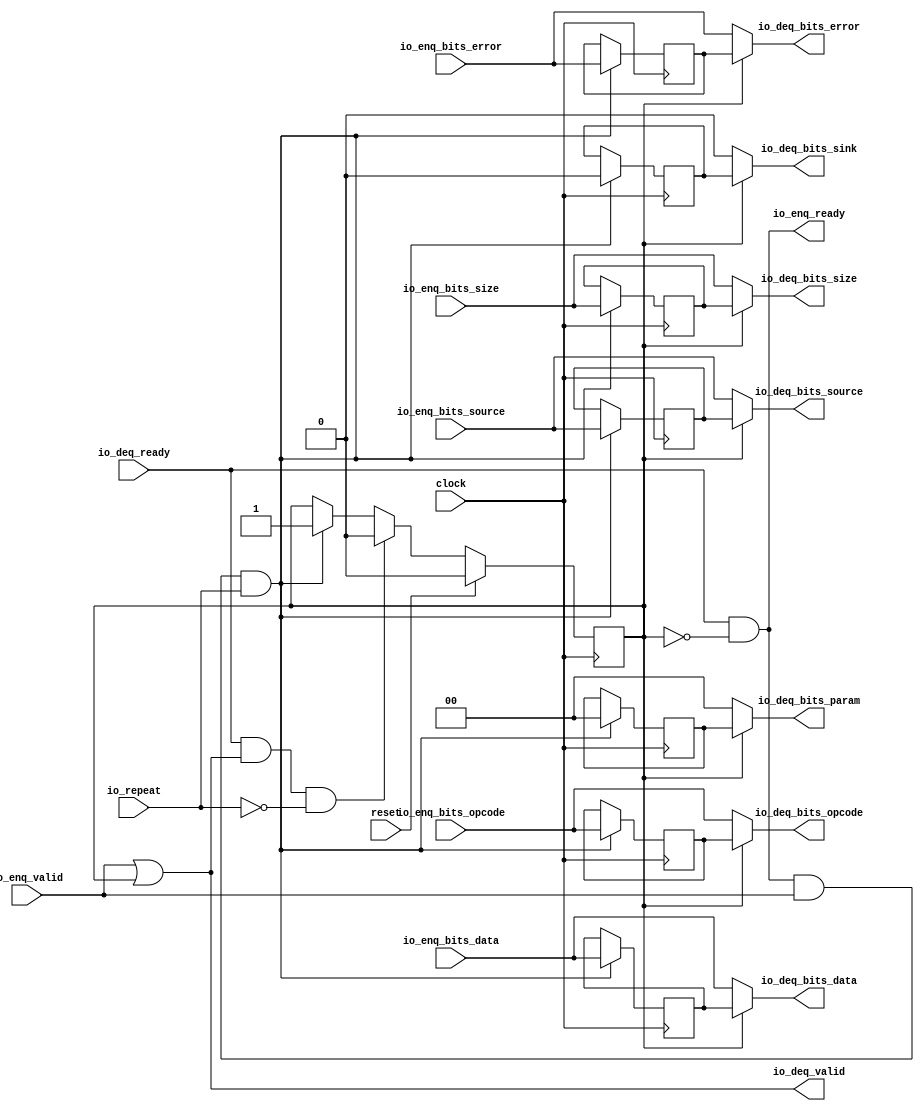
// Copyright (c) 2017, Microsemi Corporation
// All rights reserved.
//
// Redistribution and use in source and binary forms, with or without
// modification, are permitted provided that the following conditions are met:
//     * Redistributions of source code must retain the above copyright
//       notice, this list of conditions and the following disclaimer.
//     * Redistributions in binary form must reproduce the above copyright
//       notice, this list of conditions and the following disclaimer in the
//       documentation and/or other materials provided with the distribution.
//     * Neither the name of the <organization> nor the
//       names of its contributors may be used to endorse or promote products
//       derived from this software without specific prior written permission.
//
// THIS SOFTWARE IS PROVIDED BY THE COPYRIGHT HOLDERS AND CONTRIBUTORS "AS IS" AND
// ANY EXPRESS OR IMPLIED WARRANTIES, INCLUDING, BUT NOT LIMITED TO, THE IMPLIED
// WARRANTIES OF MERCHANTABILITY AND FITNESS FOR A PARTICULAR PURPOSE ARE
// DISCLAIMED. IN NO EVENT SHALL MICROSEMI CORPORATIONM BE LIABLE FOR ANY
// DIRECT, INDIRECT, INCIDENTAL, SPECIAL, EXEMPLARY, OR CONSEQUENTIAL DAMAGES
// (INCLUDING, BUT NOT LIMITED TO, PROCUREMENT OF SUBSTITUTE GOODS OR SERVICES;
// LOSS OF USE, DATA, OR PROFITS; OR BUSINESS INTERRUPTION) HOWEVER CAUSED AND
// ON ANY THEORY OF LIABILITY, WHETHER IN CONTRACT, STRICT LIABILITY, OR TORT
// (INCLUDING NEGLIGENCE OR OTHERWISE) ARISING IN ANY WAY OUT OF THE USE OF THIS
// SOFTWARE, EVEN IF ADVISED OF THE POSSIBILITY OF SUCH DAMAGE.
//
// APACHE LICENSE
// Copyright (c) 2017, Microsemi Corporation 
//
// Licensed under the Apache License, Version 2.0 (the "License");
// you may not use this file except in compliance with the License.
// You may obtain a copy of the License at
//
//    http://www.apache.org/licenses/LICENSE-2.0
//
// Unless required by applicable law or agreed to in writing, software
// distributed under the License is distributed on an "AS IS" BASIS,
// WITHOUT WARRANTIES OR CONDITIONS OF ANY KIND, either express or implied.
// See the License for the specific language governing permissions and
// limitations under the License.
//
// Description:
//
// SVN Revision Information:
// SVN $Revision: $
// SVN $Date: $
//
// Resolved SARs
// SAR      Date     Who   Description
//
// Notes:
//
// ****************************************************************************/
`ifndef RANDOMIZE_REG_INIT 
	 `define RANDOMIZE_REG_INIT 
 `endif
`ifndef RANDOMIZE_MEM_INIT 
	 `define RANDOMIZE_MEM_INIT 
 `endif
`ifndef RANDOMIZE 
	 `define RANDOMIZE 
`endif

`timescale 1ns/10ps
module MiV_AXI_MiV_AXI_0_MIV_RV32IMA_L1_AXI_REPEATER( // @[:freechips.rocketchip.system.MivRV32ImaL1AhbConfig.fir@1367.2]
  input         clock, // @[:freechips.rocketchip.system.MivRV32ImaL1AhbConfig.fir@1368.4]
  input         reset, // @[:freechips.rocketchip.system.MivRV32ImaL1AhbConfig.fir@1369.4]
  input         io_repeat, // @[:freechips.rocketchip.system.MivRV32ImaL1AhbConfig.fir@1370.4]
  output        io_enq_ready, // @[:freechips.rocketchip.system.MivRV32ImaL1AhbConfig.fir@1370.4]
  input         io_enq_valid, // @[:freechips.rocketchip.system.MivRV32ImaL1AhbConfig.fir@1370.4]
  input  [2:0]  io_enq_bits_opcode, // @[:freechips.rocketchip.system.MivRV32ImaL1AhbConfig.fir@1370.4]
  input  [3:0]  io_enq_bits_size, // @[:freechips.rocketchip.system.MivRV32ImaL1AhbConfig.fir@1370.4]
  input  [2:0]  io_enq_bits_source, // @[:freechips.rocketchip.system.MivRV32ImaL1AhbConfig.fir@1370.4]
  input  [63:0] io_enq_bits_data, // @[:freechips.rocketchip.system.MivRV32ImaL1AhbConfig.fir@1370.4]
  input         io_enq_bits_error, // @[:freechips.rocketchip.system.MivRV32ImaL1AhbConfig.fir@1370.4]
  input         io_deq_ready, // @[:freechips.rocketchip.system.MivRV32ImaL1AhbConfig.fir@1370.4]
  output        io_deq_valid, // @[:freechips.rocketchip.system.MivRV32ImaL1AhbConfig.fir@1370.4]
  output [2:0]  io_deq_bits_opcode, // @[:freechips.rocketchip.system.MivRV32ImaL1AhbConfig.fir@1370.4]
  output [1:0]  io_deq_bits_param, // @[:freechips.rocketchip.system.MivRV32ImaL1AhbConfig.fir@1370.4]
  output [3:0]  io_deq_bits_size, // @[:freechips.rocketchip.system.MivRV32ImaL1AhbConfig.fir@1370.4]
  output [2:0]  io_deq_bits_source, // @[:freechips.rocketchip.system.MivRV32ImaL1AhbConfig.fir@1370.4]
  output        io_deq_bits_sink, // @[:freechips.rocketchip.system.MivRV32ImaL1AhbConfig.fir@1370.4]
  output [63:0] io_deq_bits_data, // @[:freechips.rocketchip.system.MivRV32ImaL1AhbConfig.fir@1370.4]
  output        io_deq_bits_error // @[:freechips.rocketchip.system.MivRV32ImaL1AhbConfig.fir@1370.4]
);
  reg  full; // @[Repeater.scala 18:21:freechips.rocketchip.system.MivRV32ImaL1AhbConfig.fir@1375.4]
  reg [31:0] _RAND_0;
  reg [2:0] saved_opcode; // @[Repeater.scala 19:18:freechips.rocketchip.system.MivRV32ImaL1AhbConfig.fir@1376.4]
  reg [31:0] _RAND_1;
  reg [1:0] saved_param; // @[Repeater.scala 19:18:freechips.rocketchip.system.MivRV32ImaL1AhbConfig.fir@1376.4]
  reg [31:0] _RAND_2;
  reg [3:0] saved_size; // @[Repeater.scala 19:18:freechips.rocketchip.system.MivRV32ImaL1AhbConfig.fir@1376.4]
  reg [31:0] _RAND_3;
  reg [2:0] saved_source; // @[Repeater.scala 19:18:freechips.rocketchip.system.MivRV32ImaL1AhbConfig.fir@1376.4]
  reg [31:0] _RAND_4;
  reg  saved_sink; // @[Repeater.scala 19:18:freechips.rocketchip.system.MivRV32ImaL1AhbConfig.fir@1376.4]
  reg [31:0] _RAND_5;
  reg [63:0] saved_data; // @[Repeater.scala 19:18:freechips.rocketchip.system.MivRV32ImaL1AhbConfig.fir@1376.4]
  reg [63:0] _RAND_6;
  reg  saved_error; // @[Repeater.scala 19:18:freechips.rocketchip.system.MivRV32ImaL1AhbConfig.fir@1376.4]
  reg [31:0] _RAND_7;
  wire  _T_16; // @[Repeater.scala 22:32:freechips.rocketchip.system.MivRV32ImaL1AhbConfig.fir@1377.4]
  wire  _T_18; // @[Repeater.scala 23:35:freechips.rocketchip.system.MivRV32ImaL1AhbConfig.fir@1379.4]
  wire  _T_19; // @[Repeater.scala 23:32:freechips.rocketchip.system.MivRV32ImaL1AhbConfig.fir@1380.4]
  wire [2:0] _T_20_opcode; // @[Repeater.scala 24:21:freechips.rocketchip.system.MivRV32ImaL1AhbConfig.fir@1382.4]
  wire [1:0] _T_20_param; // @[Repeater.scala 24:21:freechips.rocketchip.system.MivRV32ImaL1AhbConfig.fir@1382.4]
  wire [3:0] _T_20_size; // @[Repeater.scala 24:21:freechips.rocketchip.system.MivRV32ImaL1AhbConfig.fir@1382.4]
  wire [2:0] _T_20_source; // @[Repeater.scala 24:21:freechips.rocketchip.system.MivRV32ImaL1AhbConfig.fir@1382.4]
  wire  _T_20_sink; // @[Repeater.scala 24:21:freechips.rocketchip.system.MivRV32ImaL1AhbConfig.fir@1382.4]
  wire [63:0] _T_20_data; // @[Repeater.scala 24:21:freechips.rocketchip.system.MivRV32ImaL1AhbConfig.fir@1382.4]
  wire  _T_20_error; // @[Repeater.scala 24:21:freechips.rocketchip.system.MivRV32ImaL1AhbConfig.fir@1382.4]
  wire  _T_21; // @[Decoupled.scala 30:37:freechips.rocketchip.system.MivRV32ImaL1AhbConfig.fir@1385.4]
  wire  _T_22; // @[Repeater.scala 27:23:freechips.rocketchip.system.MivRV32ImaL1AhbConfig.fir@1386.4]
  wire  _GEN_0; // @[Repeater.scala 27:38:freechips.rocketchip.system.MivRV32ImaL1AhbConfig.fir@1387.4]
  wire [2:0] _GEN_1; // @[Repeater.scala 27:38:freechips.rocketchip.system.MivRV32ImaL1AhbConfig.fir@1387.4]
  wire [1:0] _GEN_2; // @[Repeater.scala 27:38:freechips.rocketchip.system.MivRV32ImaL1AhbConfig.fir@1387.4]
  wire [3:0] _GEN_3; // @[Repeater.scala 27:38:freechips.rocketchip.system.MivRV32ImaL1AhbConfig.fir@1387.4]
  wire [2:0] _GEN_4; // @[Repeater.scala 27:38:freechips.rocketchip.system.MivRV32ImaL1AhbConfig.fir@1387.4]
  wire  _GEN_5; // @[Repeater.scala 27:38:freechips.rocketchip.system.MivRV32ImaL1AhbConfig.fir@1387.4]
  wire [63:0] _GEN_6; // @[Repeater.scala 27:38:freechips.rocketchip.system.MivRV32ImaL1AhbConfig.fir@1387.4]
  wire  _GEN_7; // @[Repeater.scala 27:38:freechips.rocketchip.system.MivRV32ImaL1AhbConfig.fir@1387.4]
  wire  _T_24; // @[Decoupled.scala 30:37:freechips.rocketchip.system.MivRV32ImaL1AhbConfig.fir@1391.4]
  wire  _T_26; // @[Repeater.scala 28:26:freechips.rocketchip.system.MivRV32ImaL1AhbConfig.fir@1392.4]
  wire  _T_27; // @[Repeater.scala 28:23:freechips.rocketchip.system.MivRV32ImaL1AhbConfig.fir@1393.4]
  wire  _GEN_8; // @[Repeater.scala 28:38:freechips.rocketchip.system.MivRV32ImaL1AhbConfig.fir@1394.4]
  assign _T_16 = io_enq_valid | full; // @[Repeater.scala 22:32:freechips.rocketchip.system.MivRV32ImaL1AhbConfig.fir@1377.4]
  assign _T_18 = full == 1'h0; // @[Repeater.scala 23:35:freechips.rocketchip.system.MivRV32ImaL1AhbConfig.fir@1379.4]
  assign _T_19 = io_deq_ready & _T_18; // @[Repeater.scala 23:32:freechips.rocketchip.system.MivRV32ImaL1AhbConfig.fir@1380.4]
  assign _T_20_opcode = full ? saved_opcode : io_enq_bits_opcode; // @[Repeater.scala 24:21:freechips.rocketchip.system.MivRV32ImaL1AhbConfig.fir@1382.4]
  assign _T_20_param = full ? saved_param : 2'h0; // @[Repeater.scala 24:21:freechips.rocketchip.system.MivRV32ImaL1AhbConfig.fir@1382.4]
  assign _T_20_size = full ? saved_size : io_enq_bits_size; // @[Repeater.scala 24:21:freechips.rocketchip.system.MivRV32ImaL1AhbConfig.fir@1382.4]
  assign _T_20_source = full ? saved_source : io_enq_bits_source; // @[Repeater.scala 24:21:freechips.rocketchip.system.MivRV32ImaL1AhbConfig.fir@1382.4]
  assign _T_20_sink = full ? saved_sink : 1'h0; // @[Repeater.scala 24:21:freechips.rocketchip.system.MivRV32ImaL1AhbConfig.fir@1382.4]
  assign _T_20_data = full ? saved_data : io_enq_bits_data; // @[Repeater.scala 24:21:freechips.rocketchip.system.MivRV32ImaL1AhbConfig.fir@1382.4]
  assign _T_20_error = full ? saved_error : io_enq_bits_error; // @[Repeater.scala 24:21:freechips.rocketchip.system.MivRV32ImaL1AhbConfig.fir@1382.4]
  assign _T_21 = io_enq_ready & io_enq_valid; // @[Decoupled.scala 30:37:freechips.rocketchip.system.MivRV32ImaL1AhbConfig.fir@1385.4]
  assign _T_22 = _T_21 & io_repeat; // @[Repeater.scala 27:23:freechips.rocketchip.system.MivRV32ImaL1AhbConfig.fir@1386.4]
  assign _GEN_0 = _T_22 ? 1'h1 : full; // @[Repeater.scala 27:38:freechips.rocketchip.system.MivRV32ImaL1AhbConfig.fir@1387.4]
  assign _GEN_1 = _T_22 ? io_enq_bits_opcode : saved_opcode; // @[Repeater.scala 27:38:freechips.rocketchip.system.MivRV32ImaL1AhbConfig.fir@1387.4]
  assign _GEN_2 = _T_22 ? 2'h0 : saved_param; // @[Repeater.scala 27:38:freechips.rocketchip.system.MivRV32ImaL1AhbConfig.fir@1387.4]
  assign _GEN_3 = _T_22 ? io_enq_bits_size : saved_size; // @[Repeater.scala 27:38:freechips.rocketchip.system.MivRV32ImaL1AhbConfig.fir@1387.4]
  assign _GEN_4 = _T_22 ? io_enq_bits_source : saved_source; // @[Repeater.scala 27:38:freechips.rocketchip.system.MivRV32ImaL1AhbConfig.fir@1387.4]
  assign _GEN_5 = _T_22 ? 1'h0 : saved_sink; // @[Repeater.scala 27:38:freechips.rocketchip.system.MivRV32ImaL1AhbConfig.fir@1387.4]
  assign _GEN_6 = _T_22 ? io_enq_bits_data : saved_data; // @[Repeater.scala 27:38:freechips.rocketchip.system.MivRV32ImaL1AhbConfig.fir@1387.4]
  assign _GEN_7 = _T_22 ? io_enq_bits_error : saved_error; // @[Repeater.scala 27:38:freechips.rocketchip.system.MivRV32ImaL1AhbConfig.fir@1387.4]
  assign _T_24 = io_deq_ready & io_deq_valid; // @[Decoupled.scala 30:37:freechips.rocketchip.system.MivRV32ImaL1AhbConfig.fir@1391.4]
  assign _T_26 = io_repeat == 1'h0; // @[Repeater.scala 28:26:freechips.rocketchip.system.MivRV32ImaL1AhbConfig.fir@1392.4]
  assign _T_27 = _T_24 & _T_26; // @[Repeater.scala 28:23:freechips.rocketchip.system.MivRV32ImaL1AhbConfig.fir@1393.4]
  assign _GEN_8 = _T_27 ? 1'h0 : _GEN_0; // @[Repeater.scala 28:38:freechips.rocketchip.system.MivRV32ImaL1AhbConfig.fir@1394.4]
  assign io_enq_ready = _T_19;
  assign io_deq_valid = _T_16;
  assign io_deq_bits_opcode = _T_20_opcode;
  assign io_deq_bits_param = _T_20_param;
  assign io_deq_bits_size = _T_20_size;
  assign io_deq_bits_source = _T_20_source;
  assign io_deq_bits_sink = _T_20_sink;
  assign io_deq_bits_data = _T_20_data;
  assign io_deq_bits_error = _T_20_error;
`ifdef RANDOMIZE
  integer initvar;
  initial begin
    `ifndef verilator
      #0.002 begin end
    `endif
  `ifdef RANDOMIZE_REG_INIT
  _RAND_0 = {1{32'b0}};
  full = _RAND_0[0:0];
  `endif // RANDOMIZE_REG_INIT
  `ifdef RANDOMIZE_REG_INIT
  _RAND_1 = {1{32'b0}};
  saved_opcode = _RAND_1[2:0];
  `endif // RANDOMIZE_REG_INIT
  `ifdef RANDOMIZE_REG_INIT
  _RAND_2 = {1{32'b0}};
  saved_param = _RAND_2[1:0];
  `endif // RANDOMIZE_REG_INIT
  `ifdef RANDOMIZE_REG_INIT
  _RAND_3 = {1{32'b0}};
  saved_size = _RAND_3[3:0];
  `endif // RANDOMIZE_REG_INIT
  `ifdef RANDOMIZE_REG_INIT
  _RAND_4 = {1{32'b0}};
  saved_source = _RAND_4[2:0];
  `endif // RANDOMIZE_REG_INIT
  `ifdef RANDOMIZE_REG_INIT
  _RAND_5 = {1{32'b0}};
  saved_sink = _RAND_5[0:0];
  `endif // RANDOMIZE_REG_INIT
  `ifdef RANDOMIZE_REG_INIT
  _RAND_6 = {2{32'b0}};
  saved_data = _RAND_6[63:0];
  `endif // RANDOMIZE_REG_INIT
  `ifdef RANDOMIZE_REG_INIT
  _RAND_7 = {1{32'b0}};
  saved_error = _RAND_7[0:0];
  `endif // RANDOMIZE_REG_INIT
  end
`endif // RANDOMIZE
  always @(posedge clock) begin
    if (reset) begin
      full <= 1'h0;
    end else begin
      if (_T_27) begin
        full <= 1'h0;
      end else begin
        if (_T_22) begin
          full <= 1'h1;
        end
      end
    end
    if (_T_22) begin
      saved_opcode <= io_enq_bits_opcode;
    end
    if (_T_22) begin
      saved_param <= 2'h0;
    end
    if (_T_22) begin
      saved_size <= io_enq_bits_size;
    end
    if (_T_22) begin
      saved_source <= io_enq_bits_source;
    end
    if (_T_22) begin
      saved_sink <= 1'h0;
    end
    if (_T_22) begin
      saved_data <= io_enq_bits_data;
    end
    if (_T_22) begin
      saved_error <= io_enq_bits_error;
    end
  end
endmodule